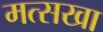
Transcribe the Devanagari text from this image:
मत्सखा